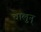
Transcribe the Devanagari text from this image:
चालुन्